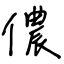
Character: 儂